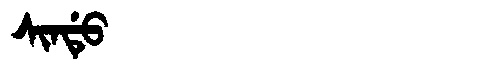
Manchu: ᠰᡳᠨᡩᡠ
Romanization: SINDU